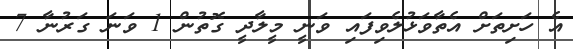
އެ ހަށިތަށް އެތާވަޅުލެވިފައި ވަނީ މީލާދީ ގޮތުން 1 ވަނަ ގަރުނާ 7